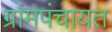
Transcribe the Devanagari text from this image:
ग्रांमपंचायत